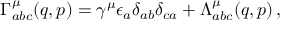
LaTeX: \Gamma _ { a b c } ^ { \mu } ( q , p ) = \gamma ^ { \mu } \epsilon _ { a } \delta _ { a b } \delta _ { c a } + \Lambda _ { a b c } ^ { \mu } ( q , p ) \, ,